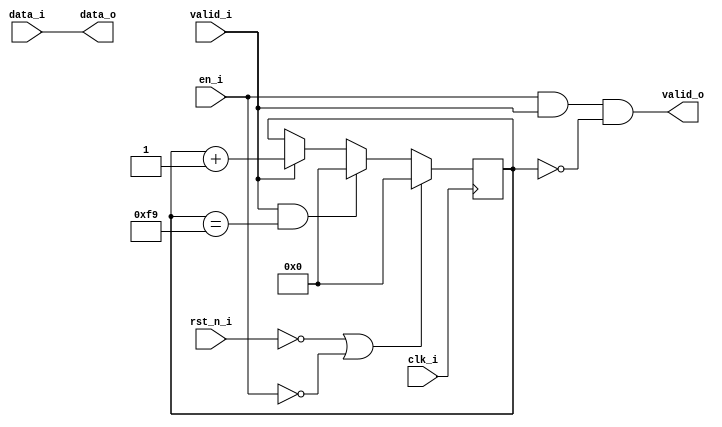
// =============================================================================
// Module:       Decimator
// Design:       Matthew Pauly
// Verification: Eldrick Millares
// Notes:
//
// Decimates input by a given rate. This component is used after the integrator-
// comb filter
// =============================================================================

module decimator #(
    // =========================================================================
    // Local Parameters - Do Not Edit
    // =========================================================================
    parameter DATA_BW = 8
) (
    // clock and reset
    input                       clk_i,
    input                       rst_n_i,

    // streaming input
    input                       en_i,
    input [DATA_BW - 1 : 0]     data_i,
    input                       valid_i,

    // streaming output
    output [DATA_BW - 1 : 0]    data_o,
    output                      valid_o
);

    // =========================================================================
    // Local Parameters
    // =========================================================================
    localparam DECIM_FACTOR = 250;
    localparam COUNTER_BW = $clog2(DECIM_FACTOR);

    // =========================================================================
    // Counter
    // =========================================================================
    reg [COUNTER_BW - 1 : 0] counter;  // counts 0 to 249
    always @(posedge clk_i) begin
        if (!rst_n_i | !en_i) begin
            counter <= 'd0;
        end else begin
            if (valid_i & (counter == DECIM_FACTOR - 1)) begin
                counter <= 'd0;
            end else if (valid_i) begin
                counter <= counter + 'd1;
            end else begin
                counter <= counter;
            end
        end
    end
    
    // =========================================================================
    // Output Assignment
    // =========================================================================
    assign data_o  = data_i;
    assign valid_o = (en_i & valid_i & (counter == 'd0));

    // =========================================================================
    // Simulation Only Waveform Dump (.vcd export)
    // =========================================================================
    `ifdef COCOTB_SIM
    `ifndef SCANNED
    `define SCANNED
    initial begin
        $dumpfile ("wave.vcd");
        $dumpvars (0, decimator);
        #1;
    end
    `endif
    `endif

endmodule